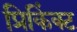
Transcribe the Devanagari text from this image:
प्रिकिंक्ट